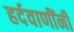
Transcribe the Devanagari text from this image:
हर्दवाणींनी